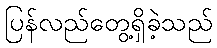
ပြန်လည်တွေ့ရှိခဲ့သည်